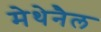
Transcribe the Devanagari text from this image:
मेथेनैल